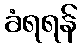
ခံရရန်